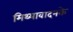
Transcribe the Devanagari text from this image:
मिथ्यावादनके